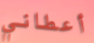
أعطاني